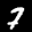
Label: 7